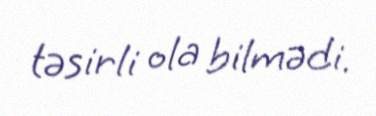
təsirli ola bilmədi.